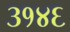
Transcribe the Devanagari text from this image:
३१४६